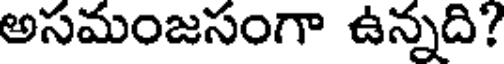
అసమంజసంగా ఉన్నది?